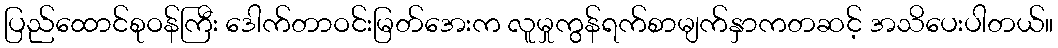
ပြည်ထောင်စုဝန်ကြီး ဒေါက်တာဝင်းမြတ်အေးက လူမှုကွန်ရက်စာမျက်နှာကတဆင့် အသိပေးပါတယ်။